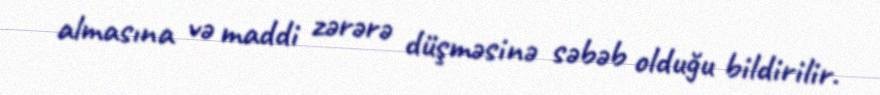
almasına və maddi zərərə düşməsinə səbəb olduğu bildirilir.